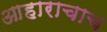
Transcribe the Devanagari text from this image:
आहाराचाच